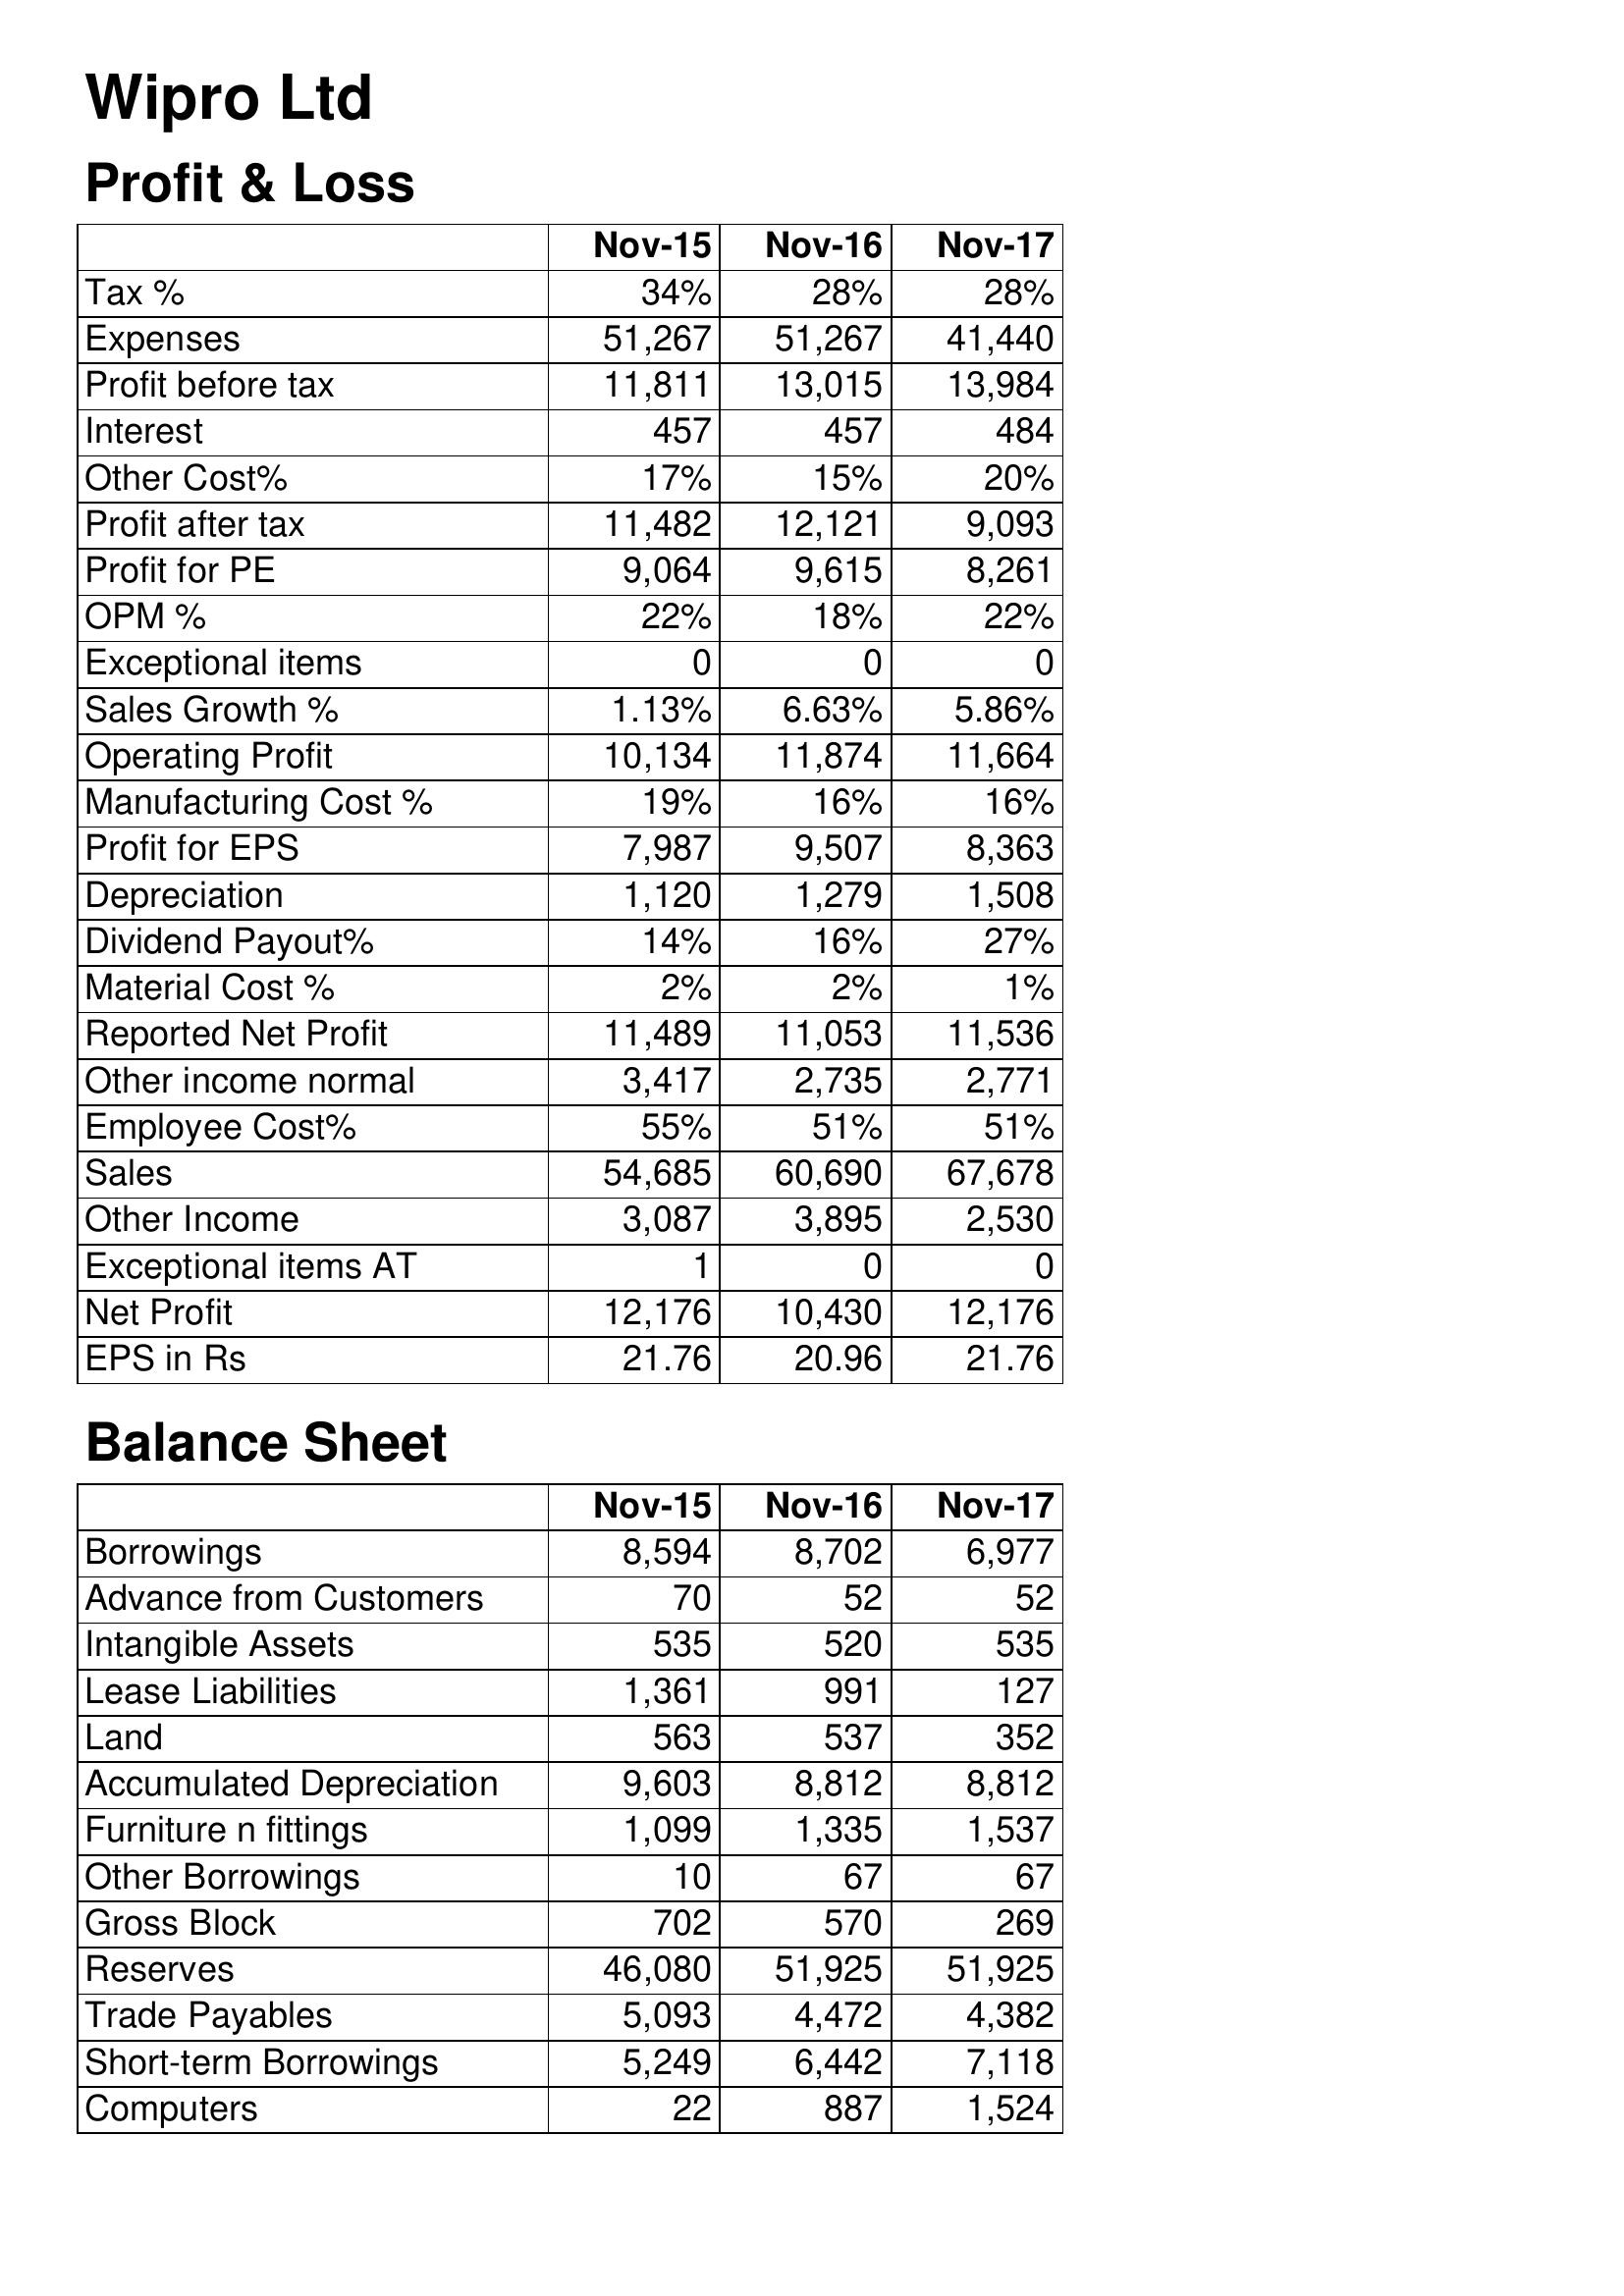
Nov-15: Profit & Loss: Tax %: 34%
Expenses: 51,267
Profit before tax: 11,811
Interest: 457
Other Cost%: 17%
Profit after tax: 11,482
Profit for PE: 9,064
OPM %: 22%
Exceptional items: 0
Sales Growth %: 1.13%
Operating Profit: 10,134
Manufacturing Cost %: 19%
Profit for EPS: 7,987
Depreciation: 1,120
Dividend Payout%: 14%
Material Cost %: 2%
Reported Net Profit: 11,489
Other income normal: 3,417
Employee Cost%: 55%
Sales: 54,685
Other Income: 3,087
Exceptional items AT: 1
Net Profit: 12,176
EPS in Rs: 21.76
Balance Sheet: Borrowings: 8,594
Advance from Customers: 70
Intangible Assets: 535
Lease Liabilities: 1,361
Land: 563
Accumulated Depreciation: 9,603
Furniture n fittings: 1,099
Other Borrowings: 10
Gross Block: 702
Reserves: 46,080
Trade Payables: 5,093
Short-term Borrowings: 5,249
Computers: 22
Nov-16: Profit & Loss: Tax %: 28%
Expenses: 51,267
Profit before tax: 13,015
Interest: 457
Other Cost%: 15%
Profit after tax: 12,121
Profit for PE: 9,615
OPM %: 18%
Exceptional items: 0
Sales Growth %: 6.63%
Operating Profit: 11,874
Manufacturing Cost %: 16%
Profit for EPS: 9,507
Depreciation: 1,279
Dividend Payout%: 16%
Material Cost %: 2%
Reported Net Profit: 11,053
Other income normal: 2,735
Employee Cost%: 51%
Sales: 60,690
Other Income: 3,895
Exceptional items AT: 0
Net Profit: 10,430
EPS in Rs: 20.96
Balance Sheet: Borrowings: 8,702
Advance from Customers: 52
Intangible Assets: 520
Lease Liabilities: 991
Land: 537
Accumulated Depreciation: 8,812
Furniture n fittings: 1,335
Other Borrowings: 67
Gross Block: 570
Reserves: 51,925
Trade Payables: 4,472
Short-term Borrowings: 6,442
Computers: 887
Nov-17: Profit & Loss: Tax %: 28%
Expenses: 41,440
Profit before tax: 13,984
Interest: 484
Other Cost%: 20%
Profit after tax: 9,093
Profit for PE: 8,261
OPM %: 22%
Exceptional items: 0
Sales Growth %: 5.86%
Operating Profit: 11,664
Manufacturing Cost %: 16%
Profit for EPS: 8,363
Depreciation: 1,508
Dividend Payout%: 27%
Material Cost %: 1%
Reported Net Profit: 11,536
Other income normal: 2,771
Employee Cost%: 51%
Sales: 67,678
Other Income: 2,530
Exceptional items AT: 0
Net Profit: 12,176
EPS in Rs: 21.76
Balance Sheet: Borrowings: 6,977
Advance from Customers: 52
Intangible Assets: 535
Lease Liabilities: 127
Land: 352
Accumulated Depreciation: 8,812
Furniture n fittings: 1,537
Other Borrowings: 67
Gross Block: 269
Reserves: 51,925
Trade Payables: 4,382
Short-term Borrowings: 7,118
Computers: 1,524